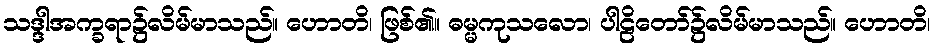
သဒ္ဒါအက္ခရာ၌လိမ်မာသည်။ ဟောတိ၊ ဖြစ်၏။ ဓမ္မကုသလော၊ ပါဠိတော်၌လိမ်မာသည်။ ဟောတိ၊